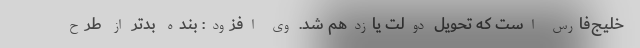
خلیج‌فارس است که تحویل دولت یازدهم شد. وی افزود: بنده بدتر از طرح